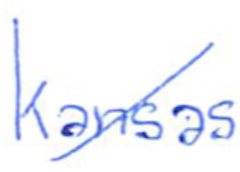
Text: Kansas
Cross-out: diagonal
Writing tool: ballpoint